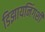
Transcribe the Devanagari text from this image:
डिझायनिंगशी